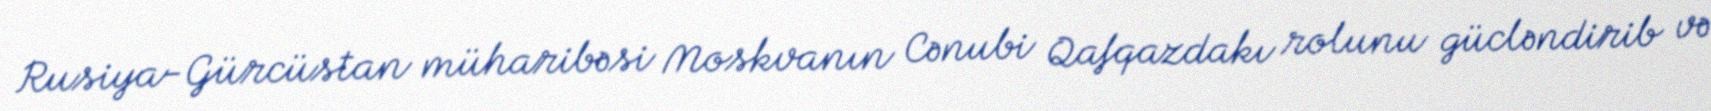
Rusiya-Gürcüstan müharibəsi Moskvanın Cənubi Qafqazdakı rolunu gücləndirib və